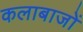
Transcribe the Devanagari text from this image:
कलाबाजों